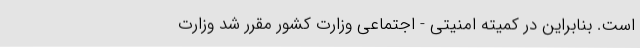
است. بنابراین در کمیته امنیتی - اجتماعی وزارت کشور مقرر شد وزارت